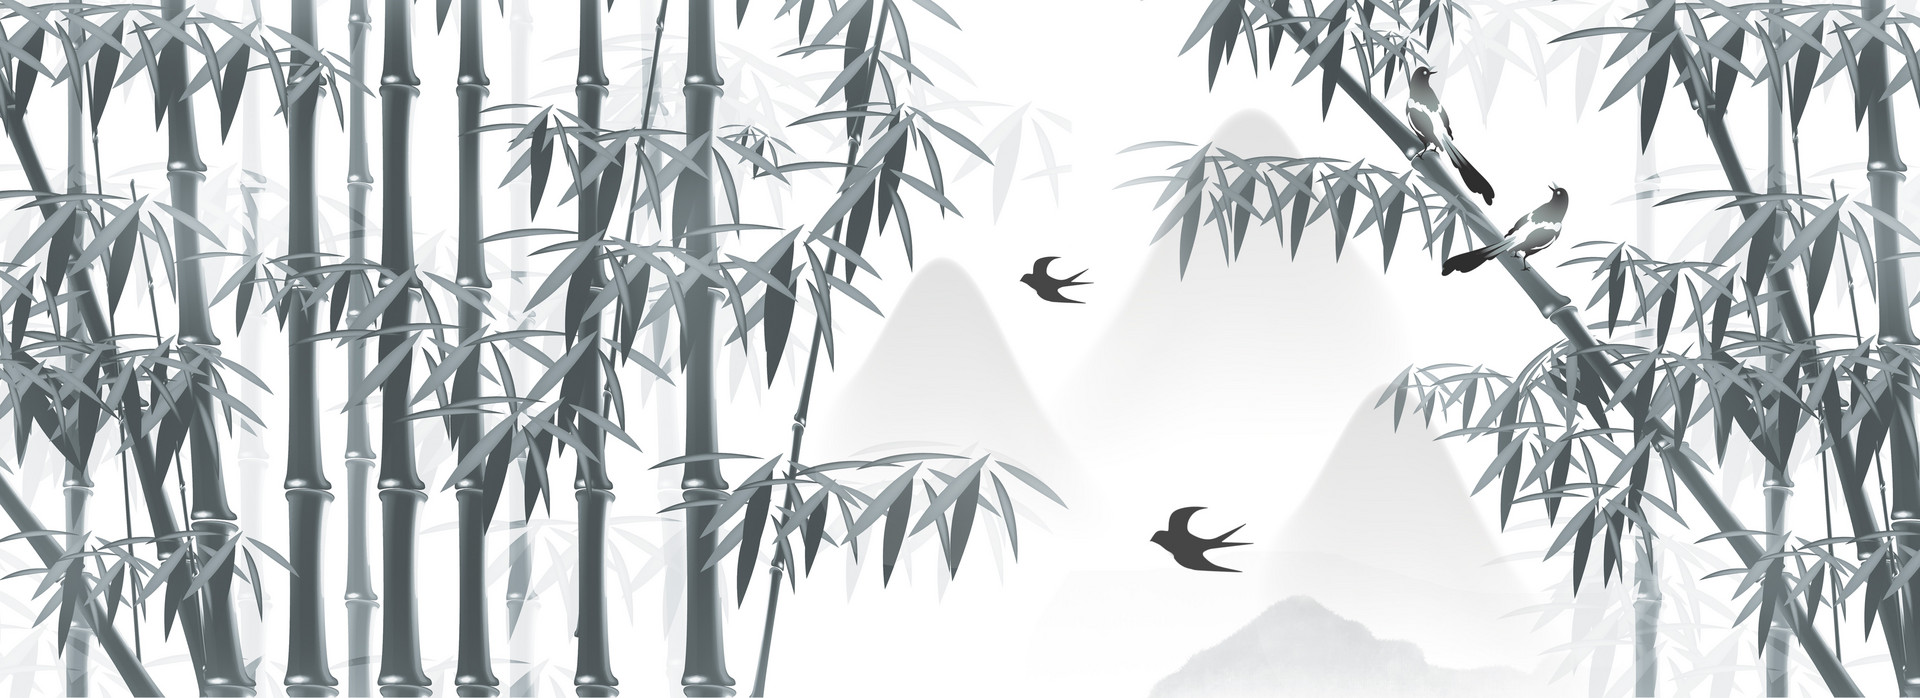
夜深知雪重，时闻折竹声。